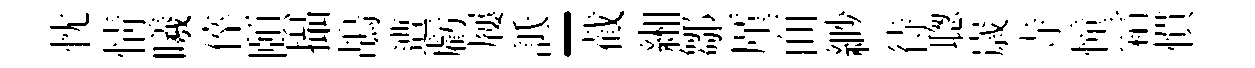
忱情曦倅頤攝鴣遭虧屨詆-截緗鄒厪面緲待聦𡻕寺憧霜慣